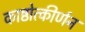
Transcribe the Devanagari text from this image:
काष्ठोत्कीर्णन